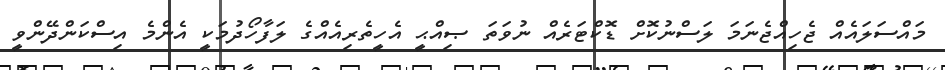
މައްސަލައެއް ޖެހިއްޖެނަމަ ލަސްނުކޮށް ޑޮކްޓަރެއް ނުވަތަ ޞިއްޙީ އެހީތެރިއެއްގެ ލަފާހޯދުމަކީ އެންމެ އިސްކަންދޭންވީ